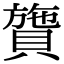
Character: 䞄